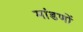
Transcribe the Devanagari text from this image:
मांडणों